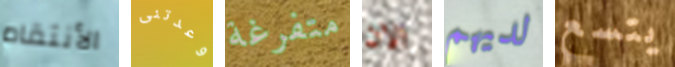
الأنتقام وعدتنى متفرغة الان لديهم يتسع